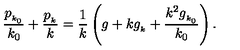
\frac { p _ { _ { k _ { 0 } } } } { k _ { 0 } } + \frac { p _ { _ k } } { k } = \frac { 1 } { k } \left( g + k g _ { _ k } + \frac { k ^ { 2 } g _ { _ { k _ { 0 } } } } { k _ { 0 } } \right) .